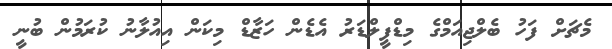
މެޗަށް ފަހު ބެލްޖިއަމްގެ މިޑްފީލްޑަރު އެޑެން ހަޒާޑް މިކަން އިއުލާނު ކުރަމުން ބުނީ